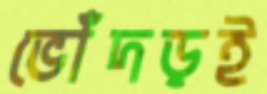
ভোঁদড়ই